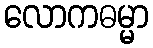
လောကဓမ္မာ